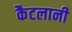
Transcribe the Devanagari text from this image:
कैटलानी